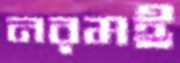
নরমই